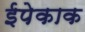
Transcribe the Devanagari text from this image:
ईपेकाक